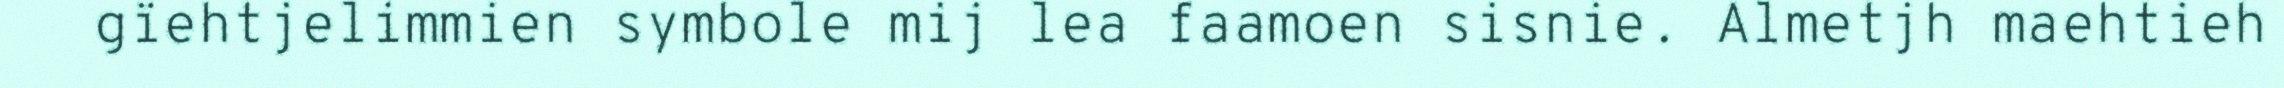
gïehtjelimmien symbole mij lea faamoen sisnie. Almetjh maehtieh